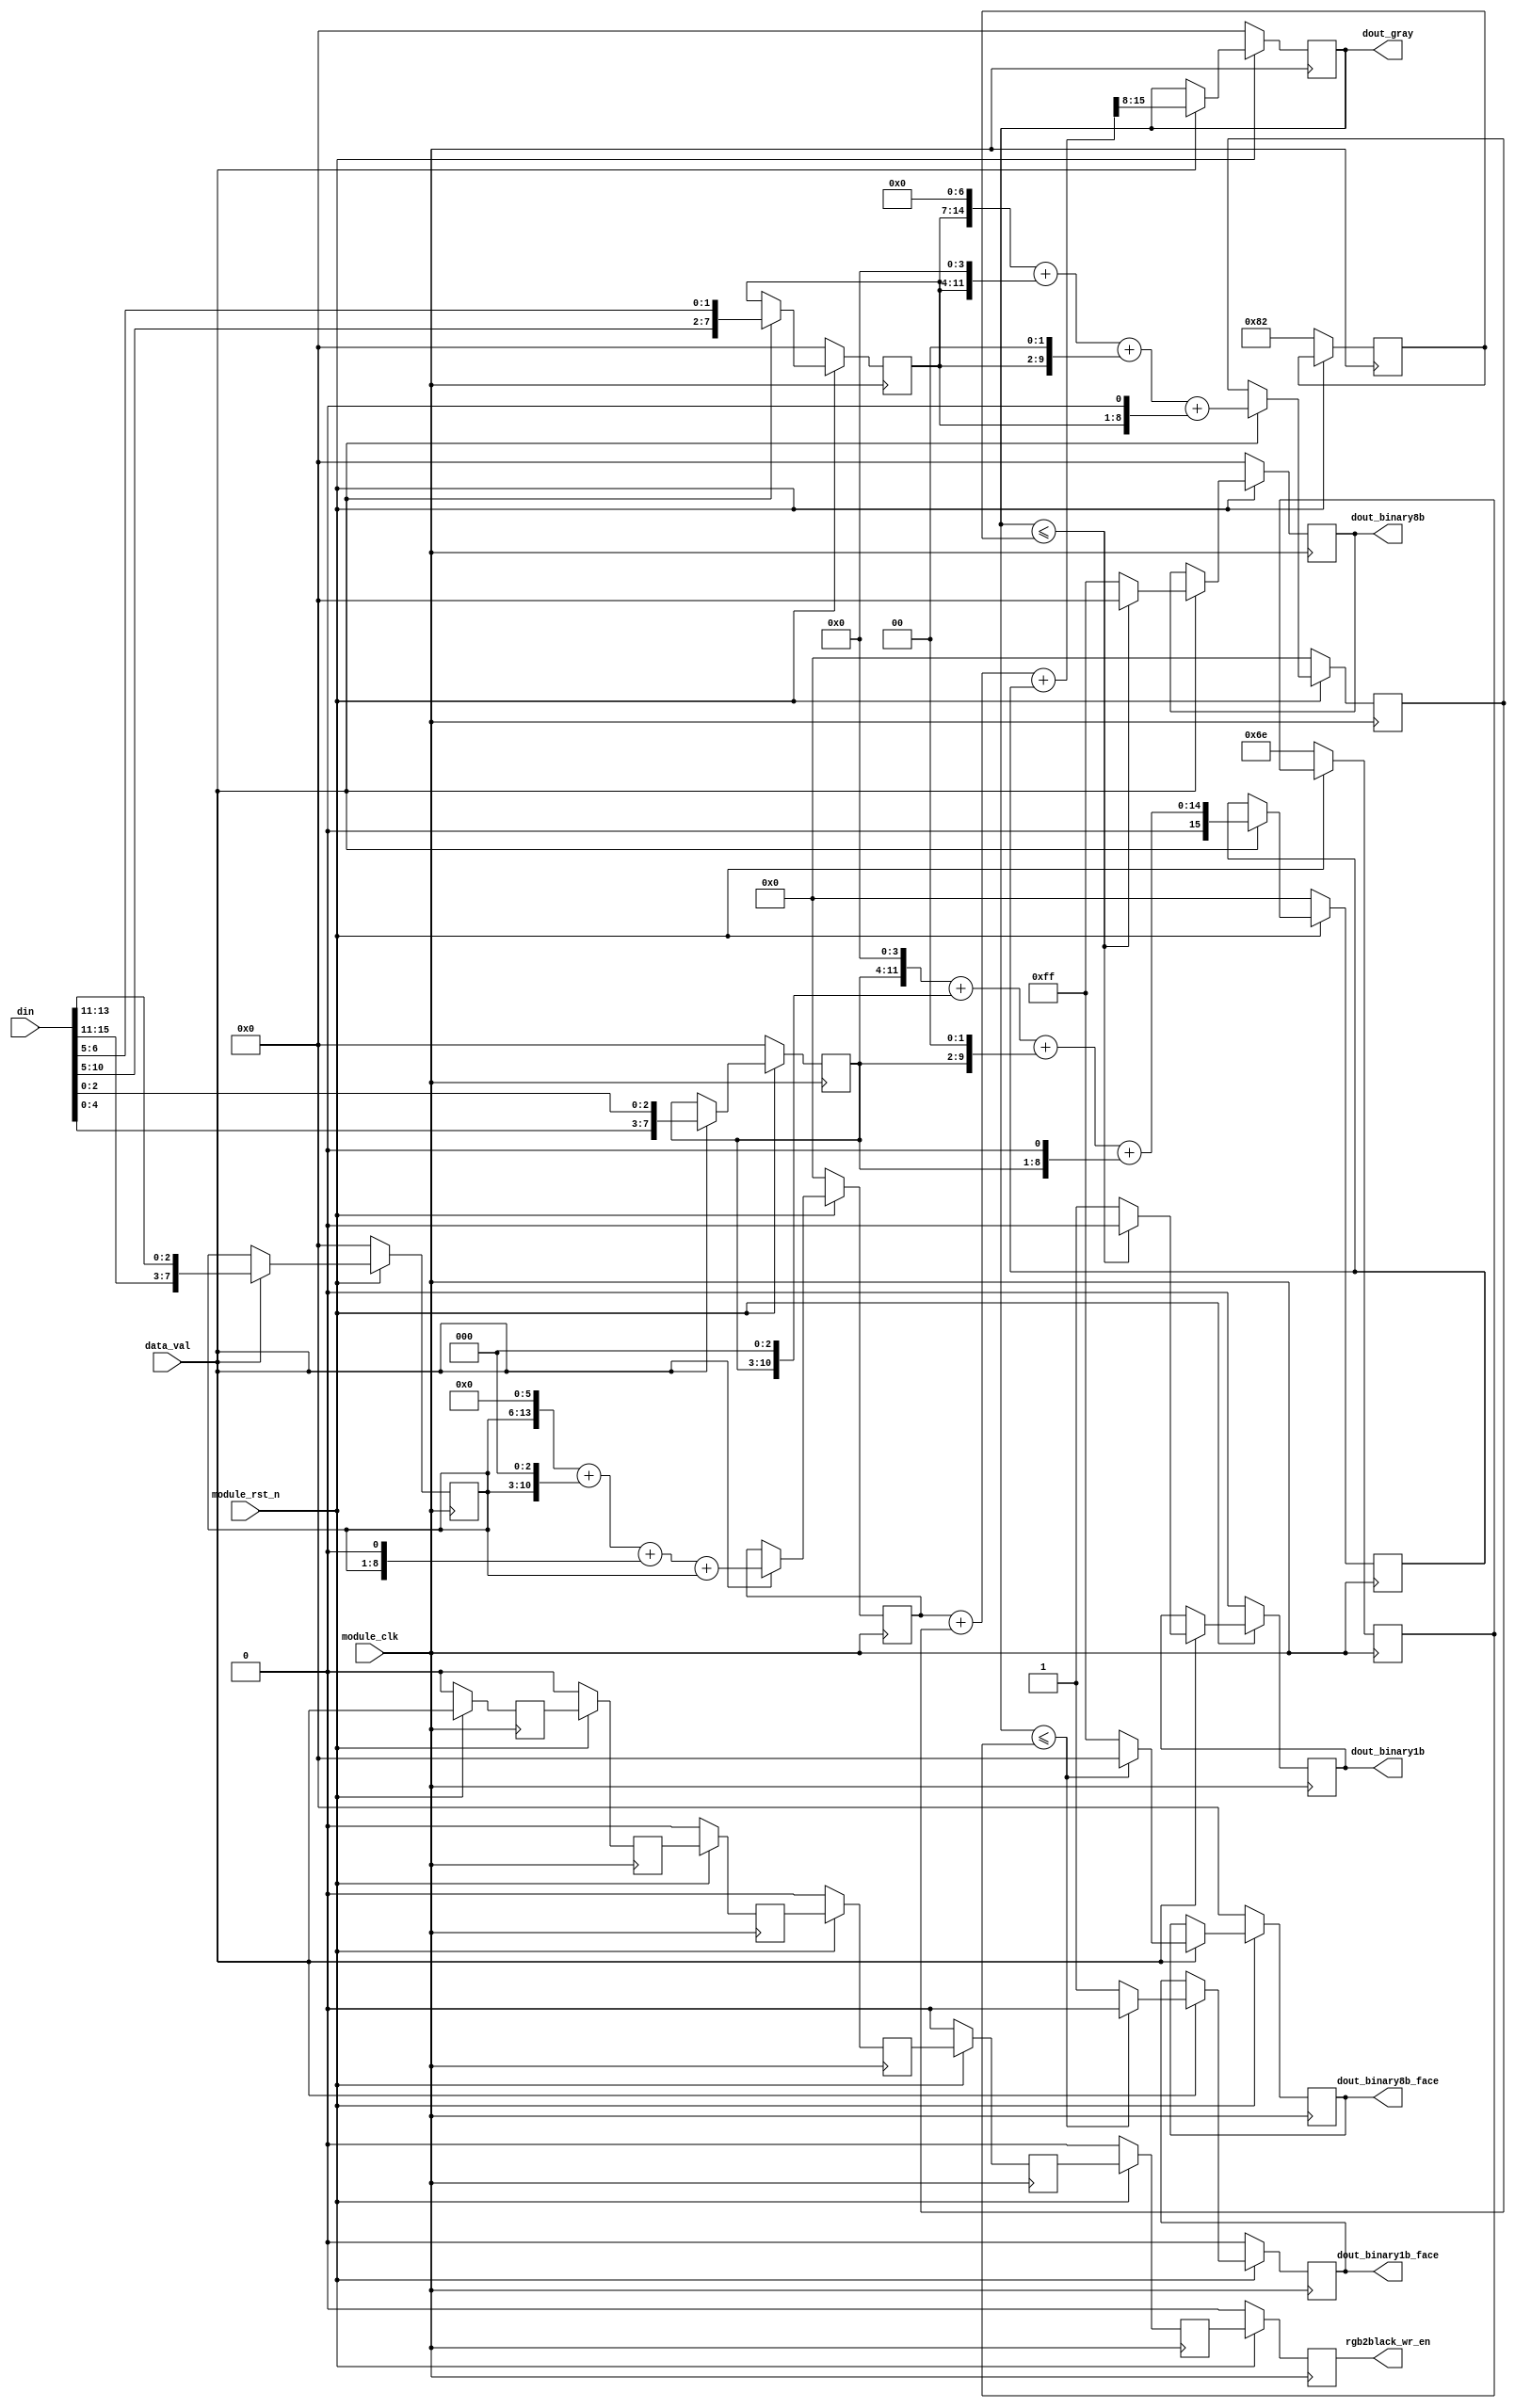

/********************************************RGB************************************************************************************************
    
    5bit
    R = color & 0xF800;
    6bit
    G = color & 0x07E0;
    5bit
    B = color & 0x001F;
    Gray = (R*19595 + G*38469 + B*7472) >> 16
    data_from_sdram_temp[rd_cnt] <= ((data_from_sdram & 0xF800) * 38 + (data_from_sdram & 0x07E0) * 75 + (data_from_sdram & 0x001F) * 15) >> 7;
220
                          Gray = (R*1 + G*2 + B*1) >> 2
                          Gray = (R*2 + G*5 + B*1) >> 3
                          Gray = (R*4 + G*10 + B*2) >> 4
                          Gray = (R*9 + G*19 + B*4) >> 5
                          Gray = (R*19 + G*37 + B*8) >> 6
                          Gray = (R*38 + G*75 + B*15) >> 7
                          Gray = (R*76 + G*150 + B*30) >> 8
                          Gray = (R*153 + G*300 + B*59) >> 9
                          Gray = (R*306 + G*601 + B*117) >> 10
                          Gray = (R*612 + G*1202 + B*234) >> 11
                          Gray = (R*1224 + G*2405 + B*467) >> 12
                          Gray = (R*2449 + G*4809 + B*934) >> 13
                          Gray = (R*4898 + G*9618 + B*1868) >> 14
                          Gray = (R*9797 + G*19235 + B*3736) >> 15
                          Gray = (R*19595 + G*38469 + B*7472) >> 16
                          Gray = (R*39190 + G*76939 + B*14943) >> 17
                          Gray = (R*78381 + G*153878 + B*29885) >> 18
                          Gray = (R*156762 + G*307757 + B*59769) >> 19
                          Gray = (R*313524 + G*615514 + B*119538) >> 20
                          
*********************************************************************************************************************************************************/
                          
module rgb2black(
    input             module_clk          ,           //
    input             module_rst_n        ,           //
    
    //
    input             data_val            ,           //
    input   [15:0]    din                 ,           //
    
    //
    output  reg       rgb2black_wr_en     ,           //SDRAM
    output  reg[7:0]  dout_gray           ,           //
    
    //
    output  reg[7:0]  dout_binary8b       ,            //8
    output  reg       dout_binary1b       ,            //1

    //
    output  reg[7:0]  dout_binary8b_face  ,            //8
    output  reg       dout_binary1b_face               //1
    );

//********************************//

reg    [7:0]    R                   ;
reg    [7:0]    G                   ;
reg    [7:0]    B                   ;

//*****************************************//

//*************************//

reg    [15:0]   Rx                  ;
reg    [15:0]   Gx                  ;
reg    [15:0]   Bx                  ;

//*****************************************//

//***********************************//

reg    [7:0]     binary_threshold1    ;           //
reg    [7:0]     binary_threshold2    ;           //

//*****************************************//

reg       rgb2black_wr_en0     ;           //SDRAM
reg       rgb2black_wr_en1     ;           //SDRAM
reg       rgb2black_wr_en2     ;           //SDRAM
reg       rgb2black_wr_en3     ;           //SDRAM
reg       rgb2black_wr_en4     ;           //SDRAM
reg       rgb2black_wr_en5     ;           //SDRAM


//RGBRGB888
always @(posedge module_clk) begin
    if(!module_rst_n) begin
        R <= 8'd0   ;
        G <= 8'd0   ;
        B <= 8'd0   ;
    end
    
    else if(data_val) begin
        R <= { din[15:11] , din[13:11] }    ;
        G <= { din[10:5] , din[6:5] }       ;
        B <= { din[4:0] , din[2:0] }        ;
    end
end

//
always @(posedge module_clk) begin
    if(!module_rst_n) begin
        Rx <= 16'd0;
        Gx <= 16'd0;
        Bx <= 16'd0;
    end
    
    else if(data_val) begin
        Rx <= ( R << 6 ) + ( R << 3 ) + ( R << 1 ) + R              ;       //R*75
        Gx <= ( G << 7 ) + ( G << 4 ) + ( G << 2 ) + ( G << 1 )     ;		//G*150
        Bx <= ( B << 4 ) + ( B << 3 ) + ( B << 2 ) + ( B << 1 )     ;		//B*30
    end
end

//
always @(posedge module_clk) begin
    if(!module_rst_n) begin
        dout_gray <= 8'd0    ;

    end
    else if(data_val) begin
        dout_gray <= (Rx + Gx + Bx) >> 8    ;
    end   
    
end

//
always @(posedge module_clk) begin
    if(!module_rst_n) begin
        dout_binary8b <= 8'd0         ;       
        dout_binary1b <= 1'd0         ;              
        binary_threshold1 <= 8'd130    ;            //
    end
    
    else if(data_val) begin
        if (dout_gray <= binary_threshold1) begin
            dout_binary8b <= 8'd0      ;
            dout_binary1b <= 1'd0      ;
        end
        
        else begin
            dout_binary8b <= 8'd255    ;
            dout_binary1b <= 1'd1      ;
        end
    end
end

//
always @(posedge module_clk) begin
    if(!module_rst_n) begin
        dout_binary8b_face <= 8'd0         ;       
        dout_binary1b_face <= 1'd0         ;              
        binary_threshold2 <= 8'd110    ;            //
    end
    
    else if(data_val) begin
        if (dout_gray <= binary_threshold2) begin
            dout_binary8b_face <= 8'd0      ;
            dout_binary1b_face <= 1'd0      ;
        end
        
        else begin
            dout_binary8b_face <= 8'd255    ;
            dout_binary1b_face <= 1'd1      ;
        end
    end
end
//lcd
always @(posedge module_clk) begin
    if(!module_rst_n) begin
        rgb2black_wr_en0 <= 1'b0     ;
        rgb2black_wr_en1 <= 1'b0     ;
        rgb2black_wr_en2 <= 1'b0     ;
        rgb2black_wr_en3 <= 1'b0     ;
        rgb2black_wr_en4 <= 1'b0     ;
        rgb2black_wr_en5 <= 1'b0     ;
        rgb2black_wr_en <= 1'b0      ;
    end
    
    else begin
        rgb2black_wr_en0 <= data_val    ;  
        rgb2black_wr_en1 <= rgb2black_wr_en0    ;
        rgb2black_wr_en2 <= rgb2black_wr_en1    ;
        rgb2black_wr_en3 <= rgb2black_wr_en2    ;
        rgb2black_wr_en4 <= rgb2black_wr_en3    ;
        rgb2black_wr_en5 <= rgb2black_wr_en4    ;
        rgb2black_wr_en <= rgb2black_wr_en5     ;
       end
end


endmodule